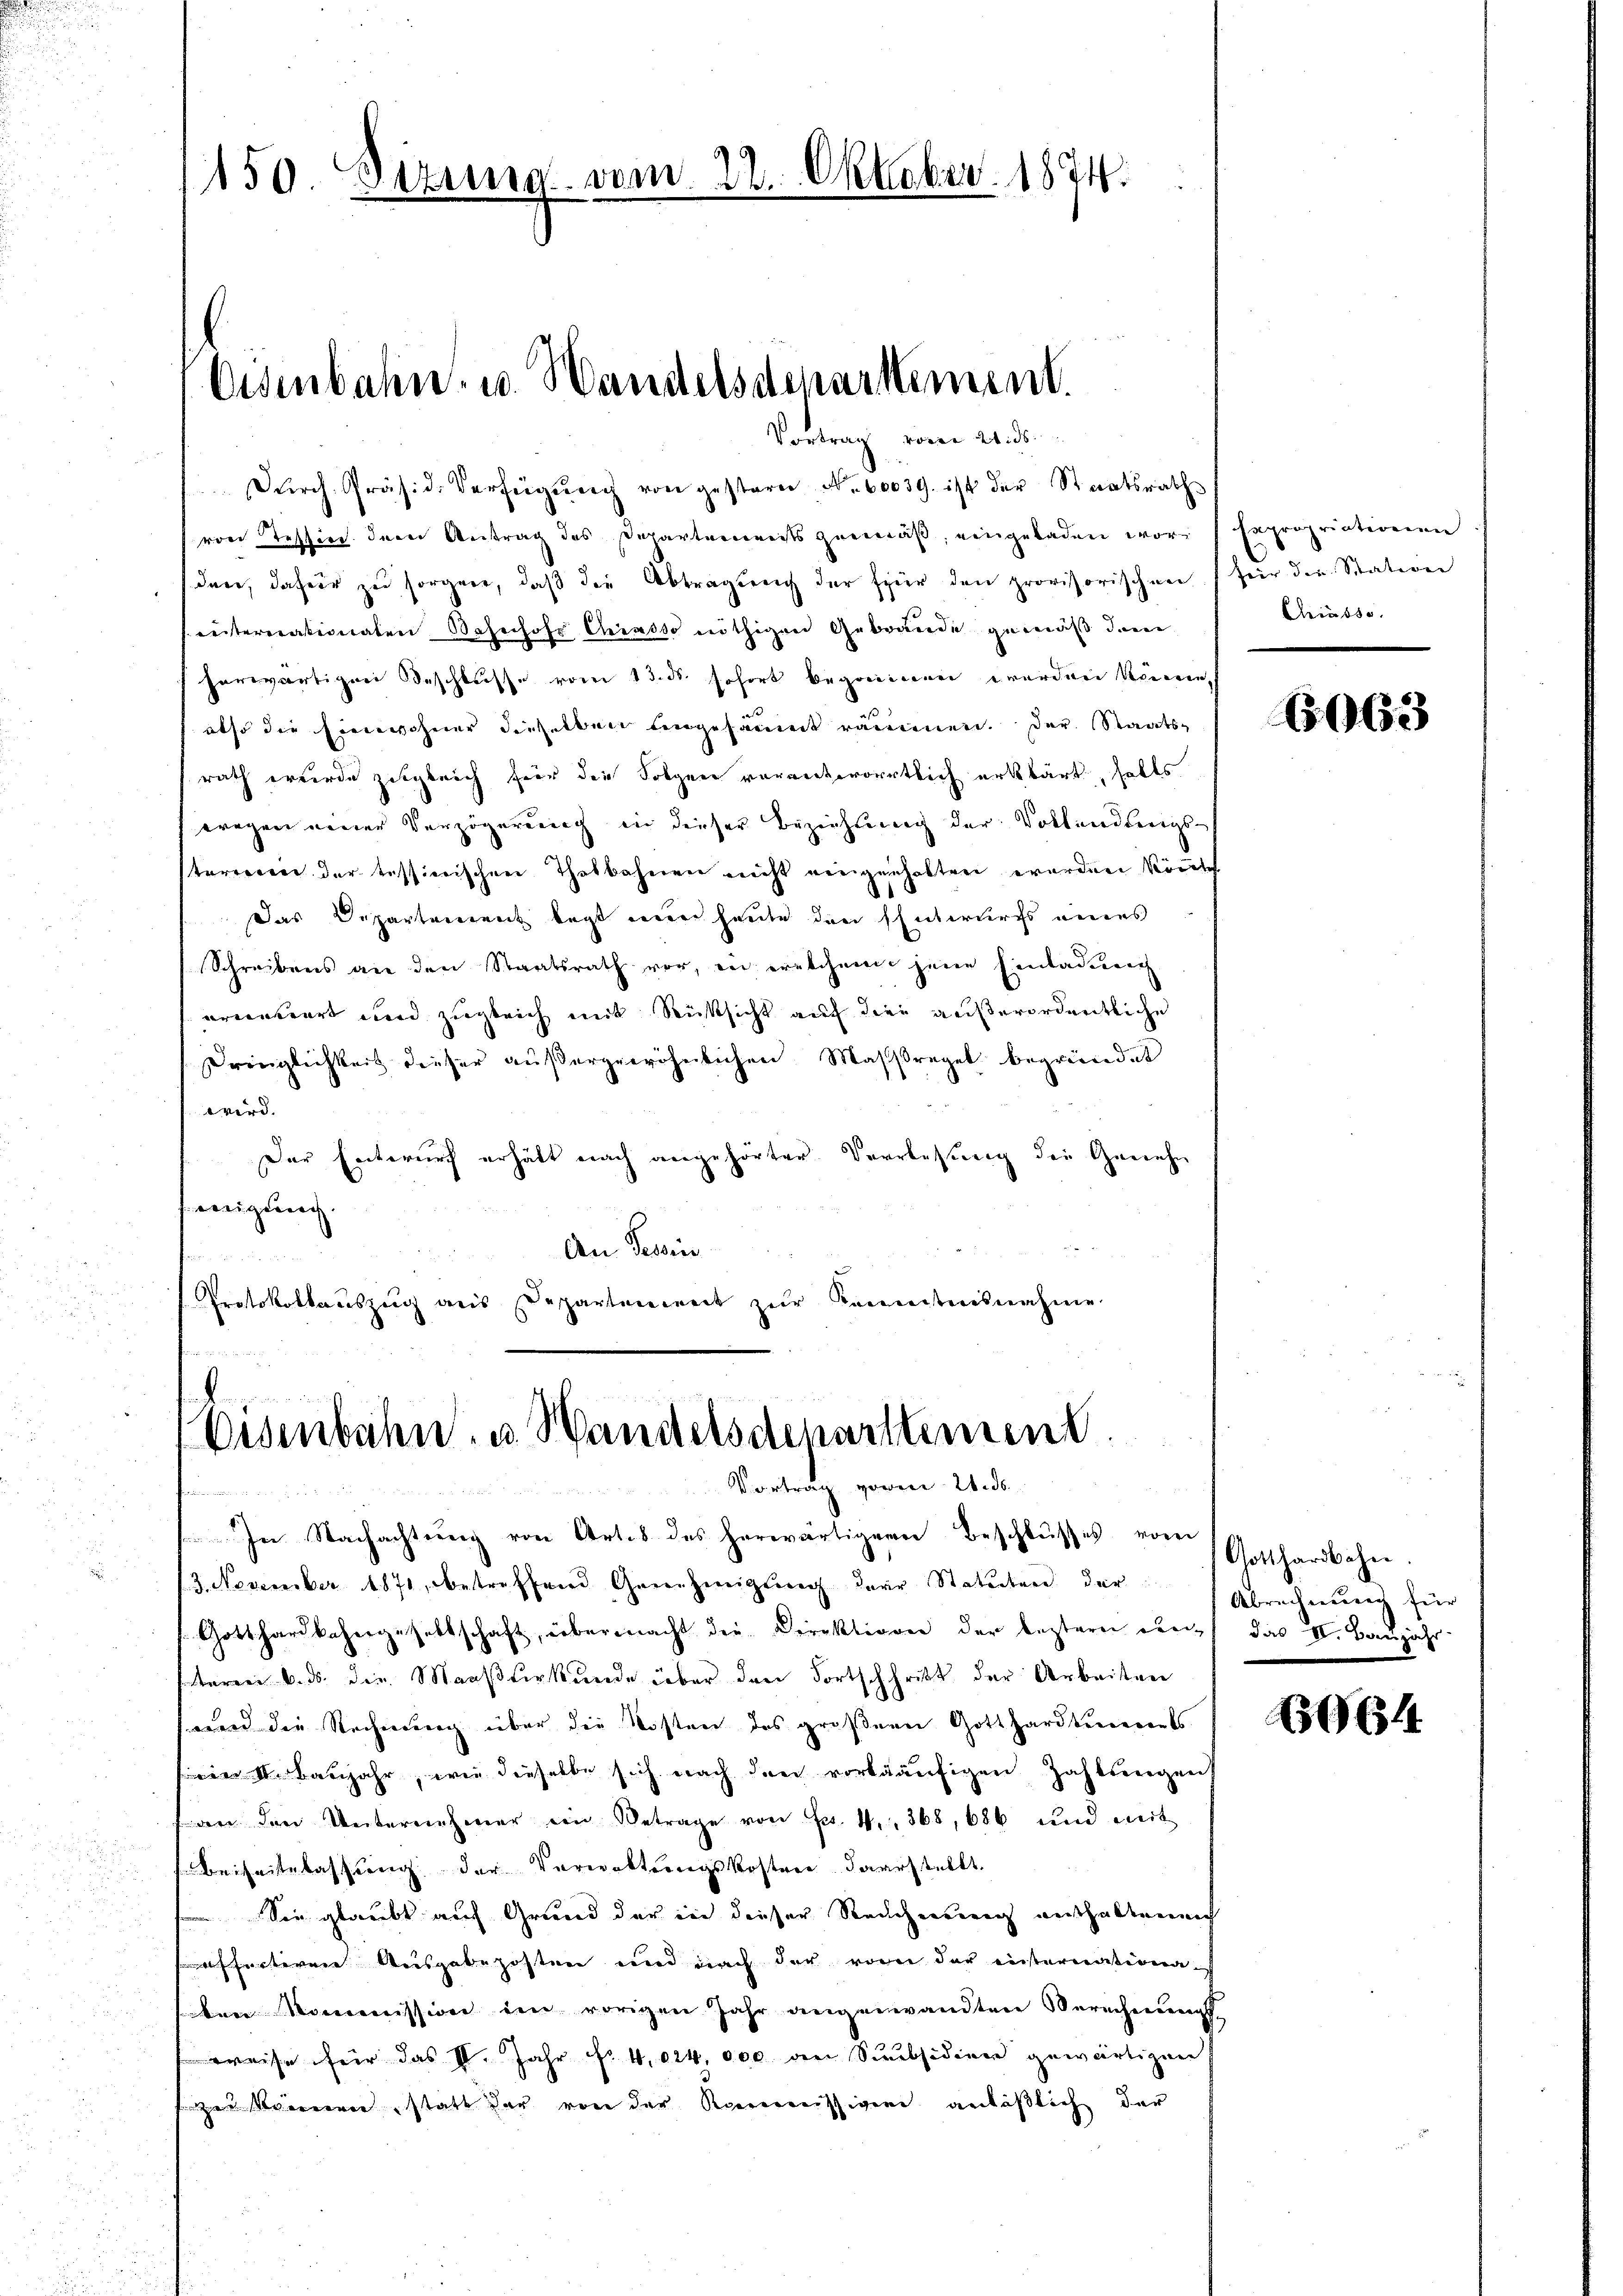
150 Dezung vom 22. Oktober. 1874.

Osenbahn- u. Handelsdenartement.
Vortrag vom 21. ds.

Dŭrch Präsid. Verfügŭng von gestern Nr. 60039. ist der Staatsrath
von Tession der Beitrag des Departenmeists zuemäß, eingeladen wordare, dafür zu sorgere, daß die Abtrageng der sprir den provisorischen
Leiternationaten Bahnhofs Chiasso nöthigen Gebraude gemäß dem
herwärtigen Teschlusse vom 13. ds. sofort begriinen werden Meieren,
also die Einwohner dieselben eingesamt räumen. Der Staats-
rath wurde zugleich für die Folgen verantwortlich erklärt, halts
wegen einer Verzögerung in dieser Beziehung der Volkundungsstererein der tessierischen Thatbahnen nicht eingenhalten werden könnt
Das Departement legt man heute den Entwurfs eines
Schreibens an den Staatsrath vor, in eretchen jene Einladung
arcontiert und zugleich mit Rücksicht auch dien außerordentliche
Dringlichkeit dieser außergewöhnlichen Massregel begründet
wird. |
Der Entwurf erhält nach angehörter Verlesung der Genehm
jenigung
An Tessin
Protokollauszug aus Departement zŭr Kenntnisnahme

Eisenbahn, u. Handelsdepartement
Vortrag vorm. 21. ds.
1
In Nachachtung von Art. 8 des herwärtigeren Beschlusses vor

13. November 1871, betreffend Genehmigung dere Statuten der
Gotthardkahergesellschaft, übermacht die Direktionen der leztern den das II. Baŭjahr
teren 6. ds. die Maaßterkunde über den Fortschritt der Arbeiten
wird die Rechnung über die Kosten des größere Gotthardtenerents
winde Baujahr, wie dieselbe sich nach den vorkääufigen Zahlungent
f an den Unternehmer ein Betrage von Fr. 4. 368, 686 und mit
Beiheitslassung der Vorwaltungskosten darstellt,
Sie glaubt auf Grund der in dieser Reichnung aushalten ich
feren Weisgabeposten und nach der oder der inisternationa-
ben Kommission im vorigen Jahr angenwandten Berechnungs
weise für das V. Jahr Nr 4,024,000 den Subsidienen gewärtigen
ze Veren statt der von der Kommissigen anläßlich der

Sapropriationen
.
fer den Stativen
Keindse

6063

Gotthardbahn.
Abrechnung für

664